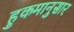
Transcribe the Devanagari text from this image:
हुकमानुसार